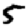
Digit: 5